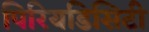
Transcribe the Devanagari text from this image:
पिरियडिसिटी